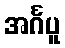
အင်္ဂပူ